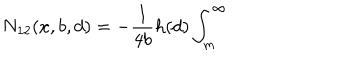
N _ { 1 2 } ( x , b , d ) = - \frac { 1 } { 4 b } h ( d ) \int _ { m } ^ { \infty }